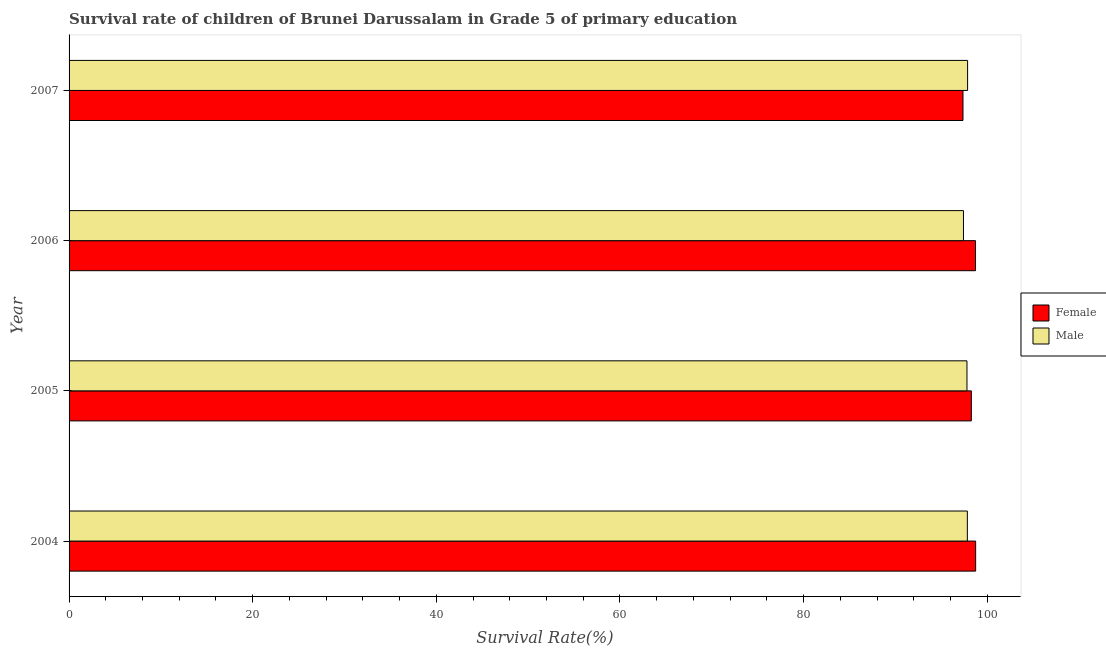
| Year | Female | Male |
 | --- | --- | --- |
 | 2004 | 98.7 | 97.8 |
 | 2005 | 98.3 | 97.8 |
 | 2006 | 98.7 | 97.4 |
 | 2007 | 97.4 | 97.9 |